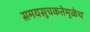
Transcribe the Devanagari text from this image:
समयसूचकतेमुळेच